Language: tamil
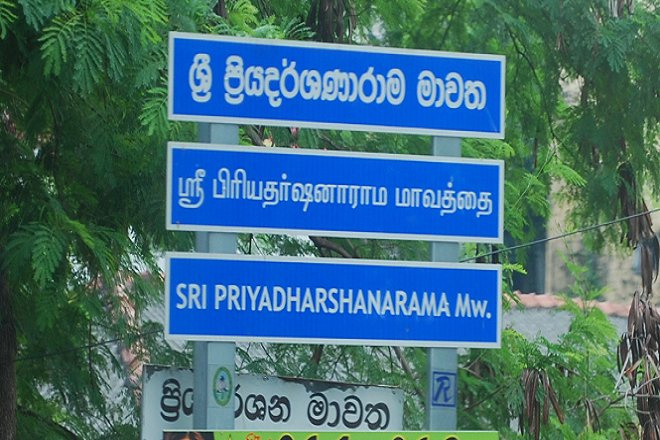
Transcription: மாவத்தை பிரியதா்ஷனாராம